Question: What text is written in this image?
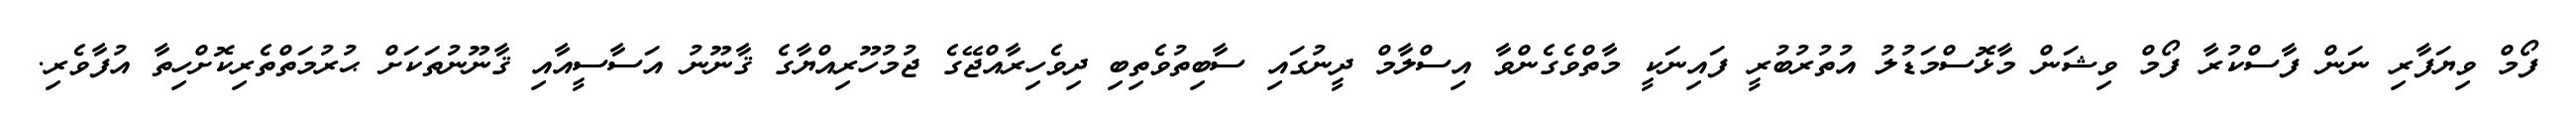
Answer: ފޯމް ވިޔަފާރި ނަން ފާސްކުރާ ފޯމް ވިޝަން މާޅޮސްމަޑުލު އުތުރުބުރީ ފައިނަކީ މާތްވެގެންވާ އިސްލާމް ދީނުގައި ސާބިތުވެތިބި ދިވެހިރާއްޖޭގެ ޖުމުހޫރިއްޔާގެ ޤާނޫނު އަސާސީއާއި ޤާނޫނުތަކަށް ޙުރުމަތްތެރިކޮށްހިތާ އުފާވެރި.